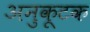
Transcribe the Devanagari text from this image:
अनुकूटक